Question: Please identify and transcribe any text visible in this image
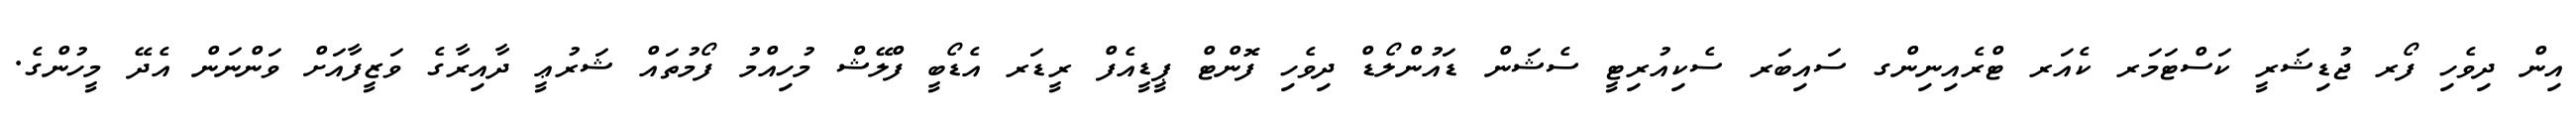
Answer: އިން ދިވެހި ފޯރ ޖުޑިޝަރީ ކަސްޓަމަރ ކެއަރ ޓްރެއިނިންގ ސައިބަރ ސެކިއުރިޓީ ސެޝަން ޑައުންލޯޑް ދިވެހި ފޮންޓް ޕީޑީއެފް ރީޑަރ އެޑޯބީ ފްލޭޝް މުހިއްމު ފޯމުތައް ޝަރުޢީ ދާއިރާގެ ވަޒީފާއަށް ވަންނަން އެދޭ މީހުންގެ.